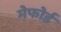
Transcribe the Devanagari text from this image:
मेफोर्ड